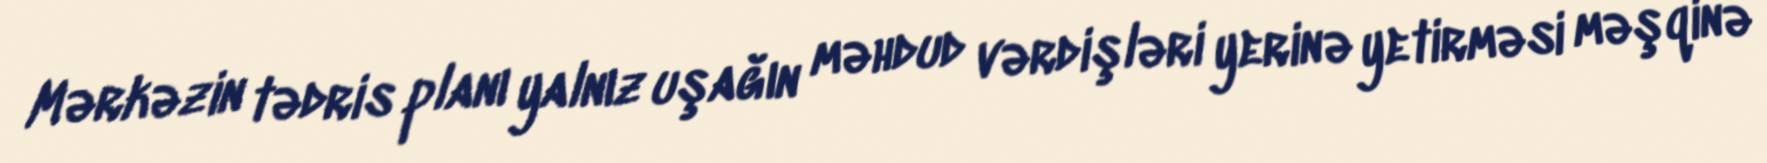
Mərkəzin tədris planı yalnız uşağın məhdud vərdişləri yerinə yetirməsi məşqinə